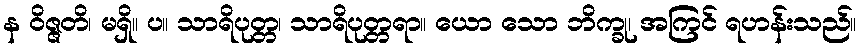
န ဝိဇ္ဇတိ၊ မရှိ။ ပ။ သာရိပုတ္တ၊ သာရိပုတ္တရာ။ ယော သော ဘိက္ခု၊ အကြင် ရဟန်းသည်။